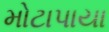
મોટાપાયા